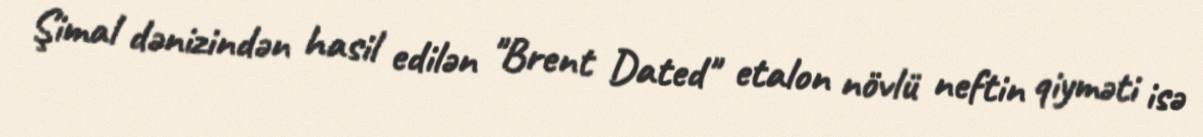
Şimal dənizindən hasil edilən "Brent Dated" etalon növlü neftin qiyməti isə